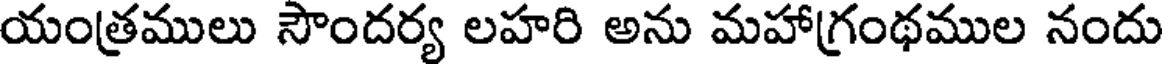
యంత్రములు సౌందర్య లహరి అను మహాగ్రంథముల నందు